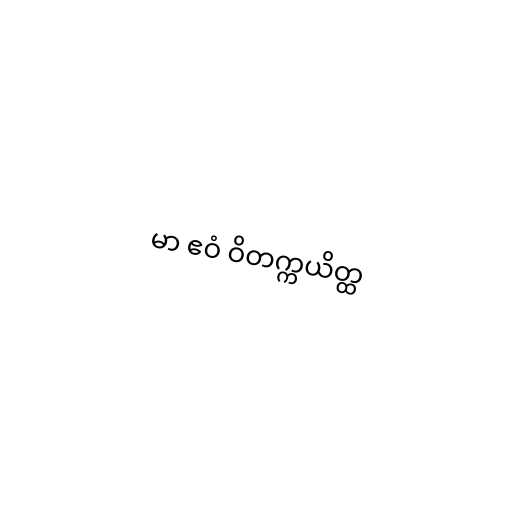
မာ ဧဝံ ဝိတက္ကယိတ္ထ